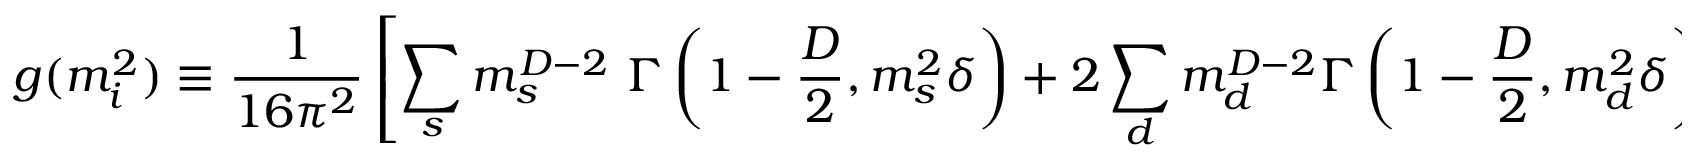
g ( m _ { i } ^ { 2 } ) \equiv { \frac { 1 } { 1 6 \pi ^ { 2 } } } \left[ \sum _ { s } m _ { s } ^ { D - 2 } { } ~ \Gamma \left( 1 - \frac D 2 , m _ { s } ^ { 2 } \delta \right) + 2 \sum _ { d } m _ { d } ^ { D - 2 } \Gamma \left( 1 - \frac D 2 , m _ { d } ^ { 2 } \delta \right) \right] ~ ~ ~ ,